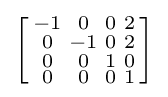
\left[{\begin{smallmatrix}-1&0&0&2\\0&-1&0&2\\0&0&1&0\\0&0&0&1\\\end{smallmatrix}}\right]